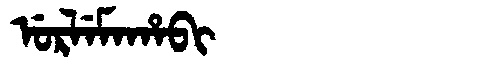
Manchu: ᡠᡵᠯᡝᠮᠠᡥᠠᠪᡳ
Romanization: URLEMAHABI